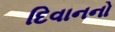
દિવાનનો